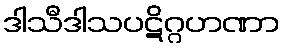
ဒါသီဒါသပဋိဂ္ဂဟဏာ